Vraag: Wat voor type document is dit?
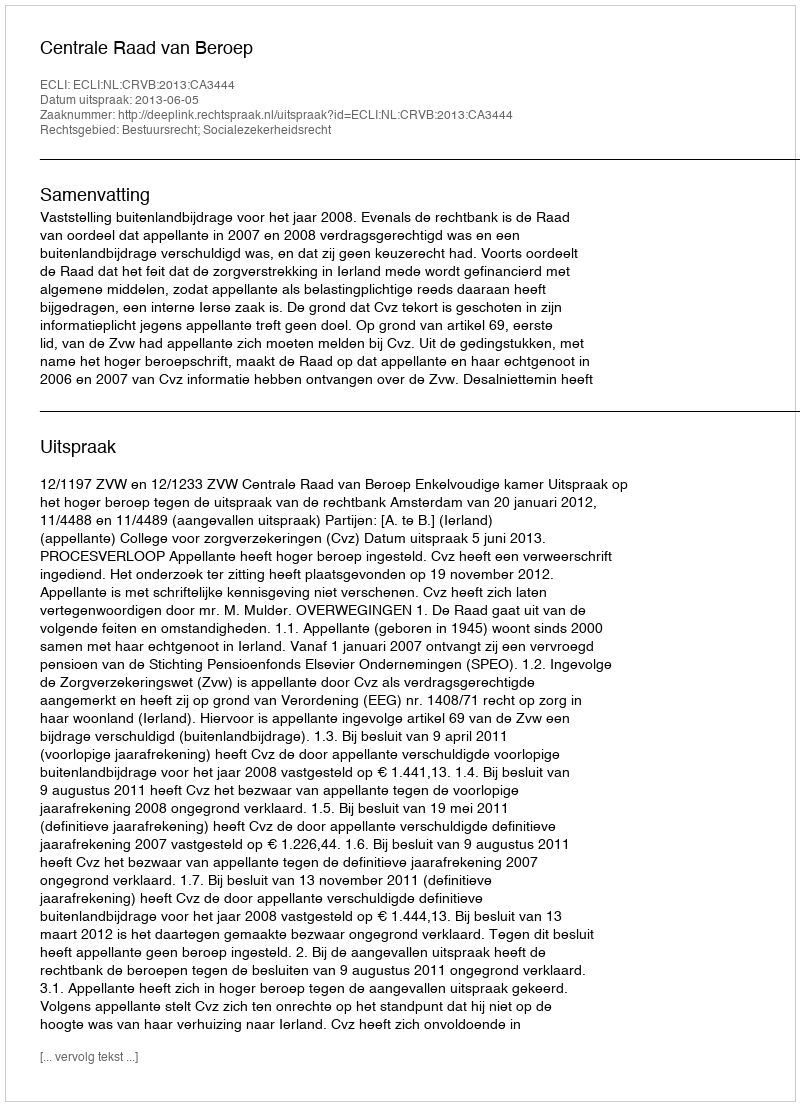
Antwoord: Uitspraak